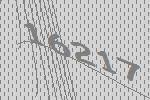
16217